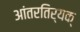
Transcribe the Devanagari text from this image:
आंतरतिर्यक्‌